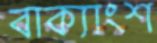
বাক্যাংশ